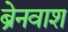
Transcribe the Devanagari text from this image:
ब्रेनवाश